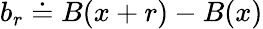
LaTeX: b_{r}\doteq B(x+r)-B(x)